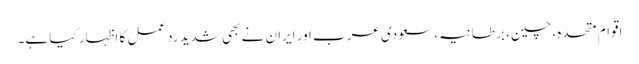
اقوام متحدہ، چین، برطانیہ، سعودی عرب اور ایران نے بھی شدید ردعمل کا اظہار کیا ہے۔